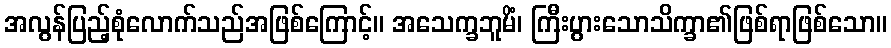
အလွန်ပြည့်စုံလောက်သည်အဖြစ်ကြောင့်။ အသေက္ခဘူမိံ၊ ကြီးပွားသောသိက္ခာ၏ဖြစ်ရာဖြစ်သော။